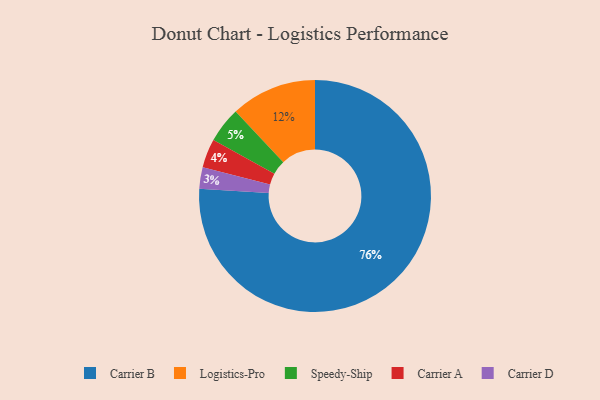
{"axis": {"x": "Category", "y": "Percentage"}, "legend": ["Carrier A", "Carrier B", "Carrier D", "Logistics-Pro", "Speedy-Ship"], "data": [{"x": "Carrier B", "y": 76, "type": "Carrier B"}, {"x": "Carrier A", "y": 4, "type": "Carrier A"}, {"x": "Carrier D", "y": 3, "type": "Carrier D"}, {"x": "Logistics-Pro", "y": 12, "type": "Logistics-Pro"}, {"x": "Speedy-Ship", "y": 5, "type": "Speedy-Ship"}]}